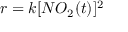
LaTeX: r = k [ N O _ { 2 } ( t ) ] ^ { 2 }